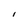
Character: l